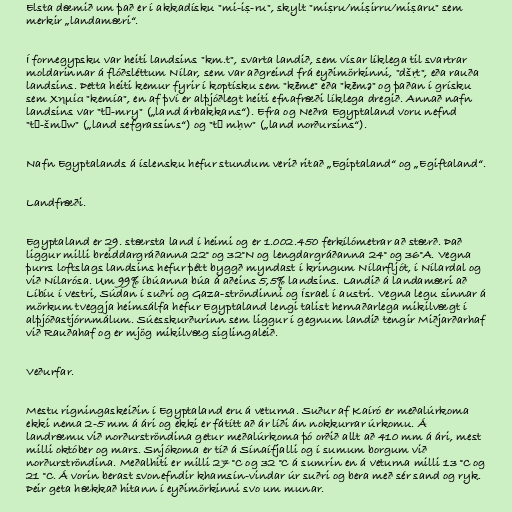
Elsta dæmið um það er í akkadísku "mi-iṣ-ru", skylt "miṣru/miṣirru/miṣaru" sem
merkir „landamæri“.

Í fornegypsku var heiti landsins "km.t", svarta landið, sem vísar líklega til svartrar
moldarinnar á flóðsléttum Nílar, sem var aðgreind frá eyðimörkinni, "dšṛt", eða rauða
landsins. Þetta heiti kemur fyrir í koptísku sem "kēme" eða "kēmə" og þaðan í grísku
sem Χημία "kemía", en af því er alþjóðlegt heiti efnafræði líklega dregið. Annað nafn
landsins var "tꜣ-mry" („land árbakkans“). Efra og Neðra Egyptaland voru nefnd
"tꜣ-šmꜥw" („land sefgrassins“) og "tꜣ mḥw" („land norðursins“).

Nafn Egyptalands á íslensku hefur stundum verið ritað „Egiptaland“ og „Egiftaland“.

Landfræði.

Egyptaland er 29. stærsta land í heimi og er 1.002.450 ferkílómetrar að stærð. Það
liggur milli breiddargráðanna 22° og 32°N og lengdargráðanna 24° og 36°A. Vegna
þurrs loftslags landsins hefur þétt byggð myndast í kringum Nílarfljót, í Nílardal og
við Nílarósa. Um 99% íbúanna búa á aðeins 5,5% landsins. Landið á landamæri að
Líbíu í vestri, Súdan í suðri og Gaza-ströndinni og Ísrael í austri. Vegna legu sinnar á
mörkum tveggja heimsálfa hefur Egyptaland lengi talist hernaðarlega mikilvægt í
alþjóðastjórnmálum. Súesskurðurinn sem liggur í gegnum landið tengir Miðjarðarhaf
við Rauðahaf og er mjög mikilvæg siglingaleið.

Veðurfar.

Mestu rigningaskeiðin í Egyptaland eru á veturna. Suður af Kaíró er meðalúrkoma
ekki nema 2-5 mm á ári og ekki er fátítt að ár líði án nokkurrar úrkomu. Á
landræmu við norðurströndina getur meðalúrkoma þó orðið allt að 410 mm á ári, mest
milli október og mars. Snjókoma er tíð á Sínaífjalli og í sumum borgum við
norðurströndina. Meðalhiti er milli 27 °C og 32 °C á sumrin en á veturna milli 13 °C og
21 °C. Á vorin berast svonefndir khamsín-vindar úr suðri og bera með sér sand og ryk.
Þeir geta hækkað hitann í eyðimörkinni svo um munar.